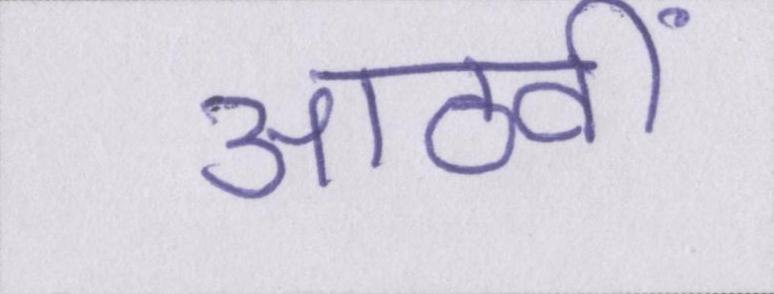
आठवीं